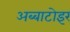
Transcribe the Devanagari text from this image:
अब्बाटोइर